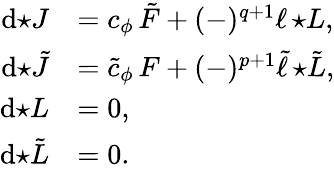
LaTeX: \begin{array}{rl}{\mathrm{d}{\star J}}&{=c_{\phi}\, \tilde{F}+(-)^{q+1}\ell\, {\star L},}\\ {\mathrm{d}{\star\tilde{J}}}&{=\tilde{c}_{\phi}\, F+(-)^{p+1}\tilde{\ell}\, {\star\tilde{L}},}\\ {\mathrm{d}{\star L}}&{=0,}\\ {\mathrm{d}{\star\tilde{L}}}&{=0.}\end{array}